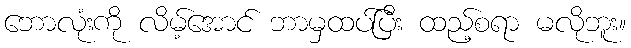
ဘောလုံးကို လိမ့်အောင် ဘာမှထပ်ပြီး ထည့်စရာ မလိုဘူး။